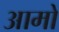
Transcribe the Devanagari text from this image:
आमो